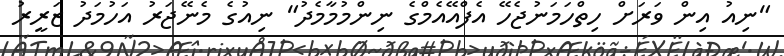
"ނިއު އިން ވަރަށް ހިތްހަމަނުޖެހޭ އެފްއޭއެމްގެ ނިންމުމާމެދު" ނިއުގެ މެނޭޖަރު އަހުމަދު ޒަރީރު